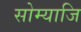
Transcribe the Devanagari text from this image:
सोम्याजि